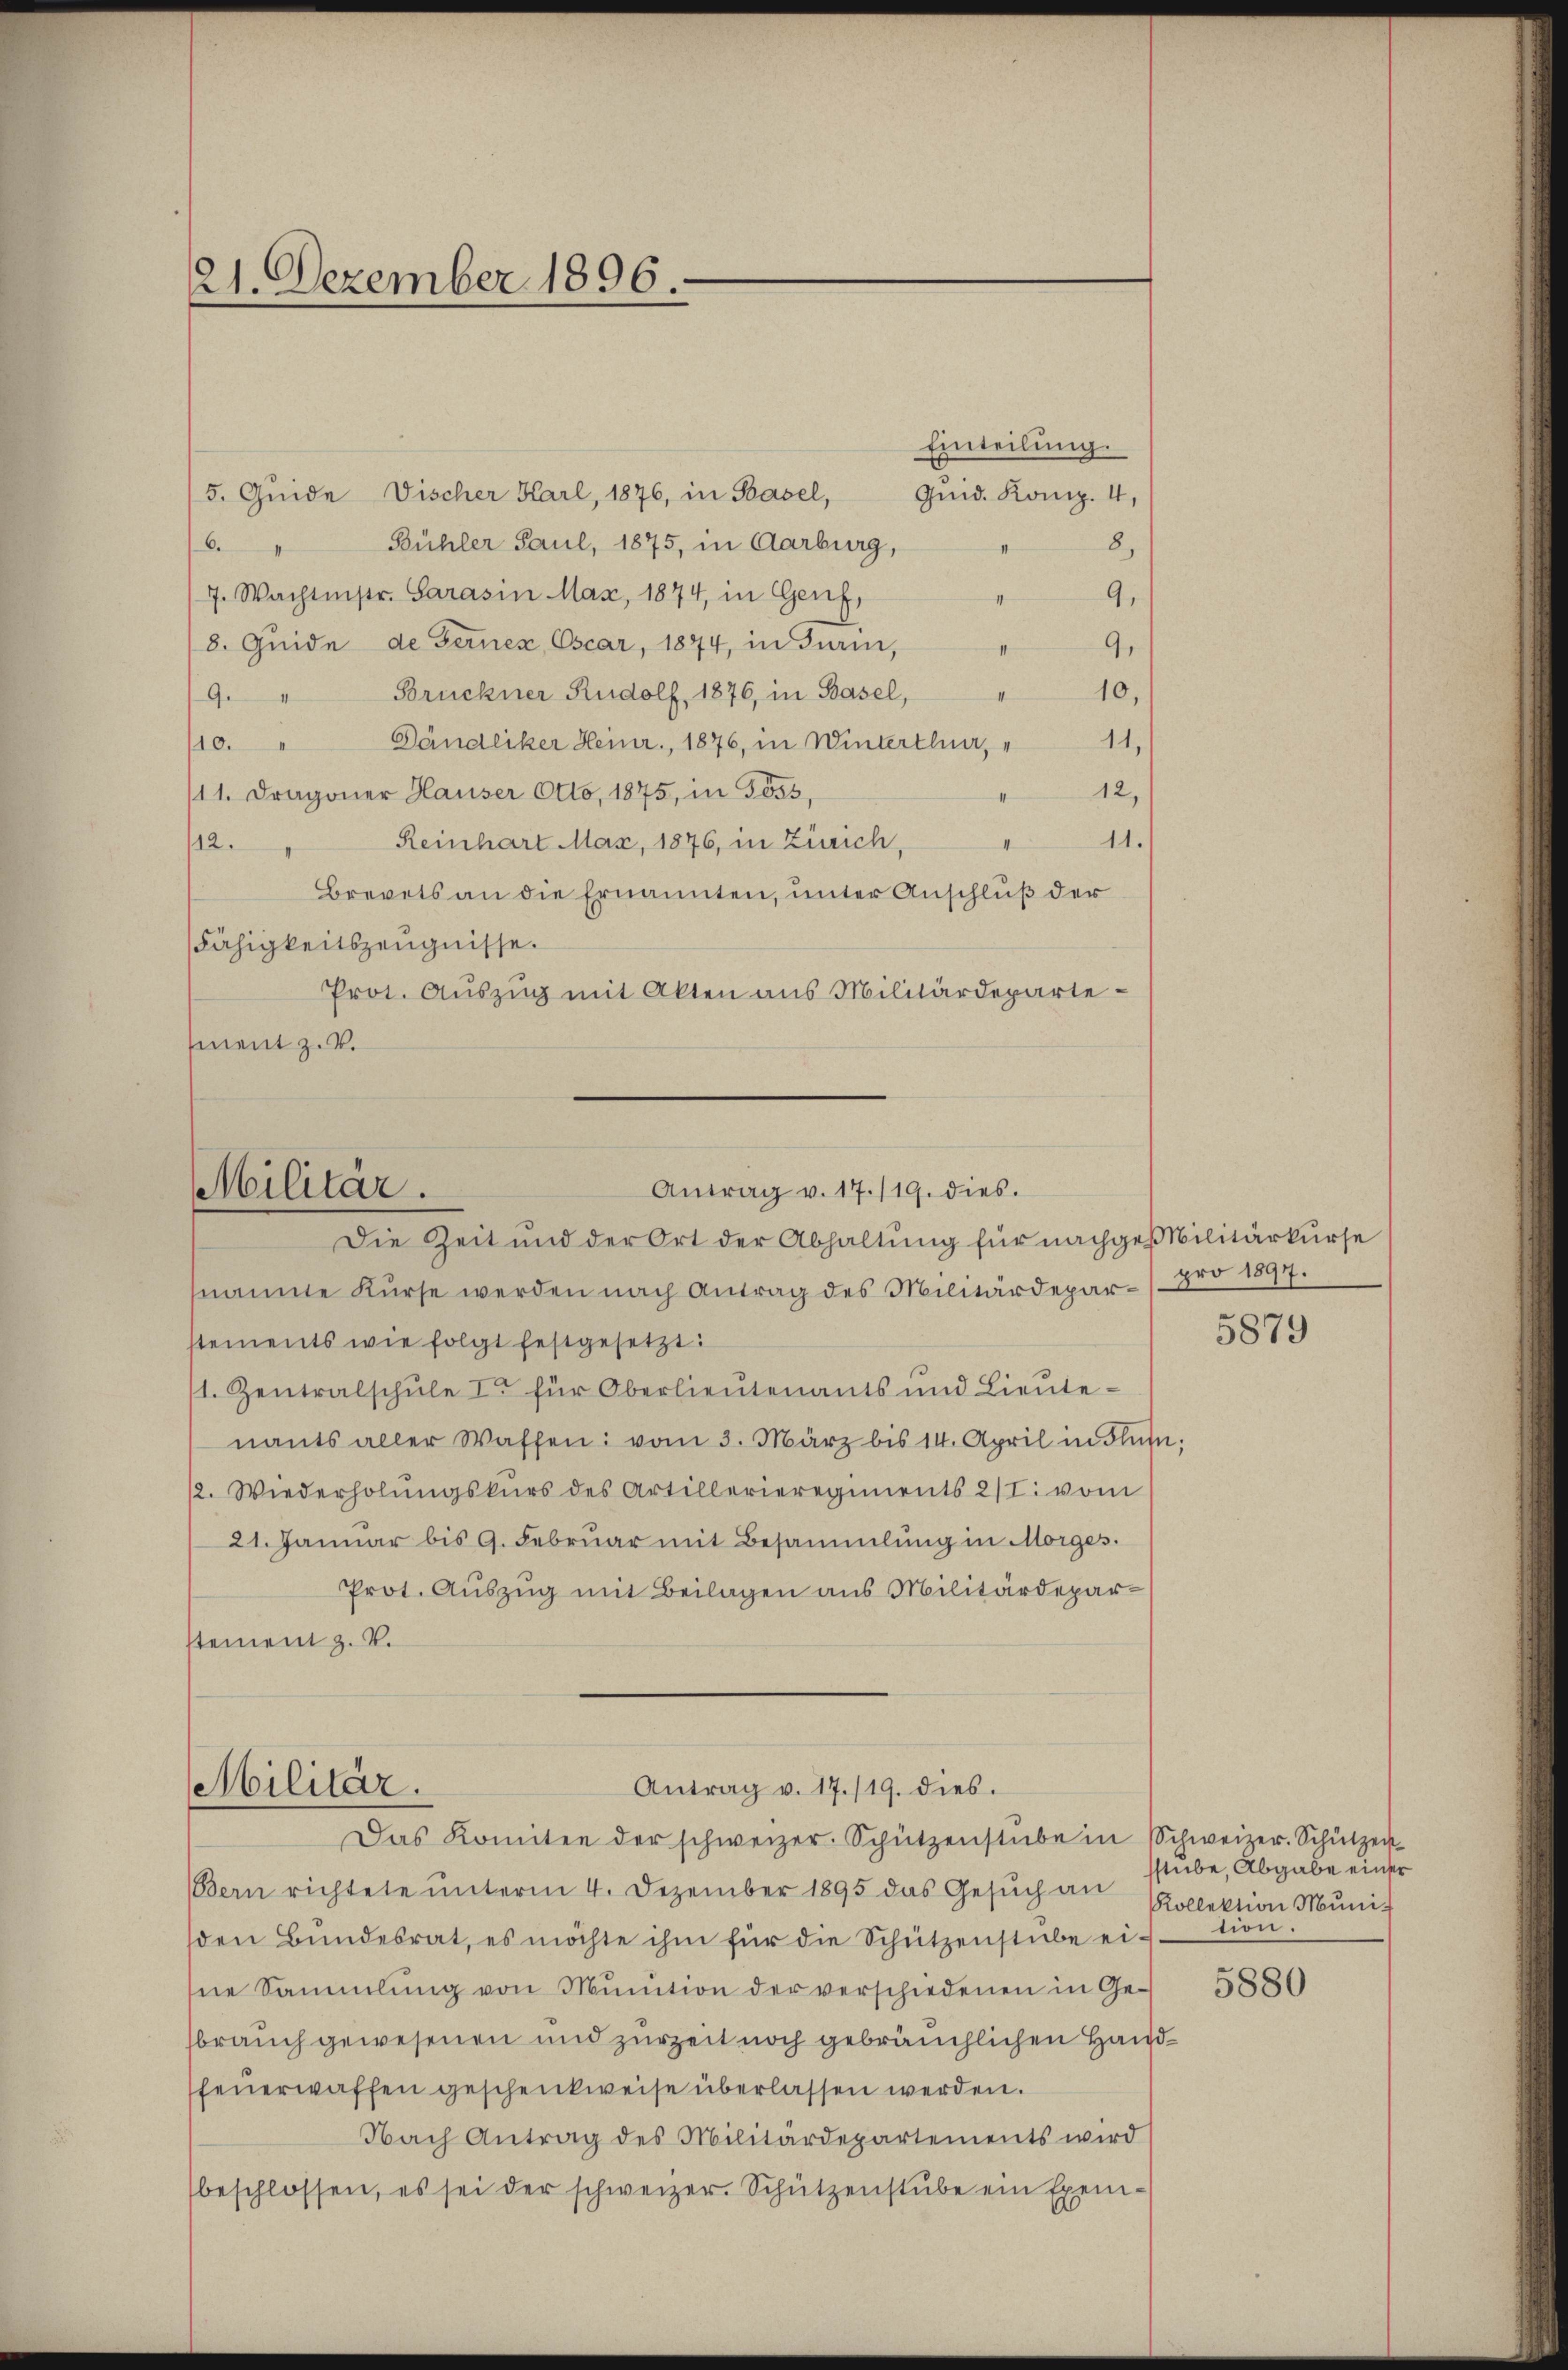
21. Dezember 1896

Einteilung.
5. Quide Vischer Karl, 1876, in Basel,
Quid. Komp. 4,
Bühler Paul, 1875, in Aarburg,
6.
8)
7. Wachtnistr. Sarasin Max, 1874, in Genf,
9.
II
8. Guide de Gerner, Cscar, 1874, in Turin,
9.
II
/9. " Brückner Rudolf, 1876, in Basel,
10,
Gändliker Heinr., 1876, in Winterthur,
11,
10.
/11. Dragoner Hauser Otto, 1875, in Goss,
12,
Reinhart Max, 1876, in Zürich,
11.
112.
II
Brevets an die Ernannten, unter Anschluß der
Fähigkeitszeugnisse.
Prot. Auszug mit Akten aus Militärdepartement z. B.

Antrag v. 17./19. dies.
Militär.
Die Zeit und der Ort der Abhaltung für nachges Militärkurse

nannte Kurse werden nach Antrag des Militärdepar- pro 1897.
stements wie folgt festgesetzt:
1. Zentralschule I für Oberlieutenants und Lieutenants aller Waffen: vom 3. März bis 14. April in Flüs
12. Wiederholŭngskurs des Artillerieregiments 2/I. vom
21. Januar bis 9. Februar mit Besammlung in Morges.
Prot. Auszug mit Beilagen aus Militärdeparstement z. V.

Antrag v. 17./19. dies.
Militär.
Das Komitee der schweizer. Schützenstube in Schweizer. Schützen

Bern richtete unterm 4. Dezember 1895 das Gesŭch an
den Bŭndesrat, es möchte ihm für die Schützenstube ei-
ne Sammlung von Munition der verschiedenen in Gesbrauch gewesenen und zurzeit noch gebräuchlichen Handfeŭerwaffen geschenkweise überlassen werden.
Nach Antrag des Militärdepartements wird
beschlossen, es sei der schweizer. Schützenstŭbe ein Exem-

5879

sstube, Abgabe einer
Kollektion Muni-
tion.

5880